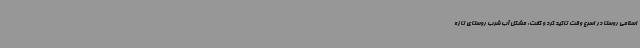
اسلامی روستا در اسرع وقت تاکید کرد و گفت: مشکل آب شرب روستای تازه